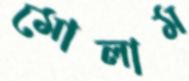
মোলাম